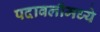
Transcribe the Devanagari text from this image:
पदावलीमध्ये